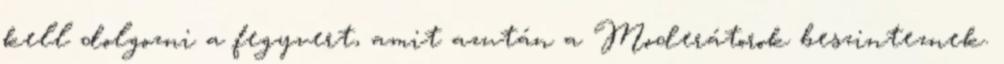
kell dolgozni a fegyvert, amit azután a Moderátorok beszinteznek.